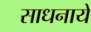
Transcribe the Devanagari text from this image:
साधनायें